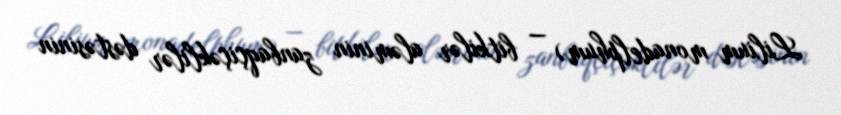
Lilium monadelphum) — bitkilər aləminin zanbaqçiçəklilər dəstəsinin